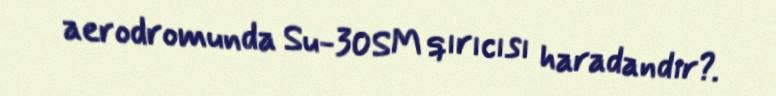
aerodromunda Su-30SM qırıcısı haradandır?.